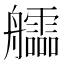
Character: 𦫃